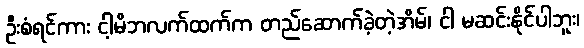
ဦးစံရင်ကား ငါ့မိဘလက်ထက်က တည်ဆောက်ခဲ့တဲ့အိမ်၊ ငါ မဆင်းနိုင်ပါဘူး၊